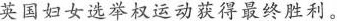
英国妇女选举权运动获得最终胜利。